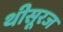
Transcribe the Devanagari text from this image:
थीसूरज